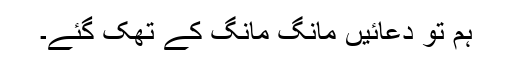
ہم تو دعائیں مانگ مانگ کے تھک گئے۔